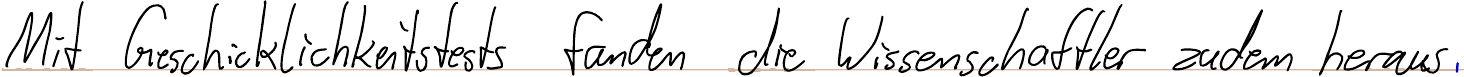
Mit Geschicklichkeitstests fanden die Wissenschaftler zudem heraus,